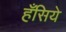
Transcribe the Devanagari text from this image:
हँसिये